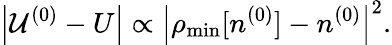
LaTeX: \left\vert{\cal U}^{(0)}-U\right\vert\propto\left\vert\rho_{\mathrm{min}}[n^{(0)}]-n^{(0)}\right\vert^{2}.